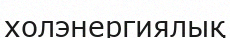
холэнергиялық